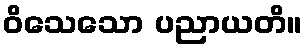
ဝိသေသော ပညာယတိ။